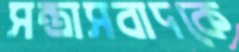
সন্ত্রাসবাদকে